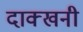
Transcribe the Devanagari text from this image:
दाक्खनी